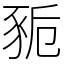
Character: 䝈